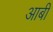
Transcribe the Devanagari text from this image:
आबी